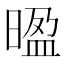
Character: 𭦻